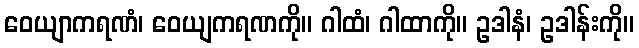
ဝေယျာကရဏံ၊ ဝေယျကရဏကို။ ဂါထံ၊ ဂါထာကို။ ဥဒါနံ၊ ဥဒါန်းကို။